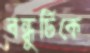
বন্ধুটিকে